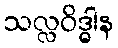
သလ္လဝိဒ္ဓါန